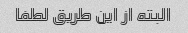
البته از این طریق لطفا